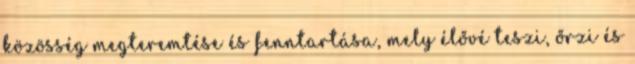
közösség megteremtése és fenntartása, mely élővé teszi, őrzi és